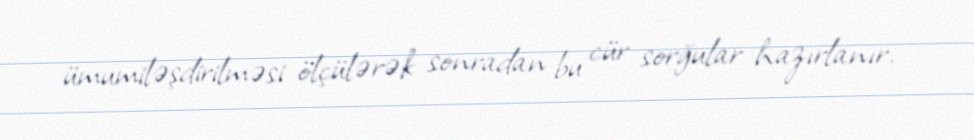
ümumiləşdirilməsi ölçülərək sonradan bu cür sorğular hazırlanır.